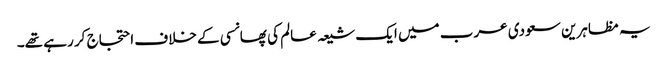
یہ مظاہرین سعودی عرب میں ایک شیعہ عالم کی پھانسی کے خلاف احتجاج کر رہے تھے۔